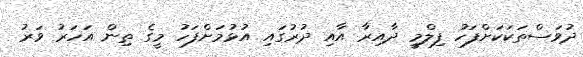
ދުވަސްތަކަކަށްފަހު ފިލްމީ ދާއިރާ އާއި ދުރުގައި އުޅުމަށްފަހު މީގެ ތިން އަހަރު ވަރު